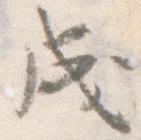
成